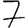
Digit: 7